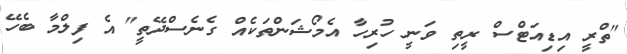
"ތްރީ އިޑިއަޓްސް ރީތި ވަނީ ހުރިހާ އެމޯޝަންތަކެއް ގެނެސްދޭތީ" އެ ފިލްމާ ބެހޭ